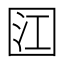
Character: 𭍟